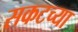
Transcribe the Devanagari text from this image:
सकटच्या